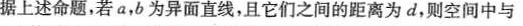
据上述命题，若a，b为异面直线，且它们之间的距离为d，则空间中与